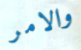
والامر